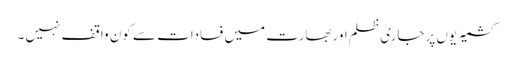
کشمیریوں پرجاری ظلم اوربھارت میں فسادات سے کون واقف نہیں ۔